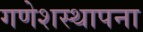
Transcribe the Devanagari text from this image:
गणेशस्थापना